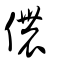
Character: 儂